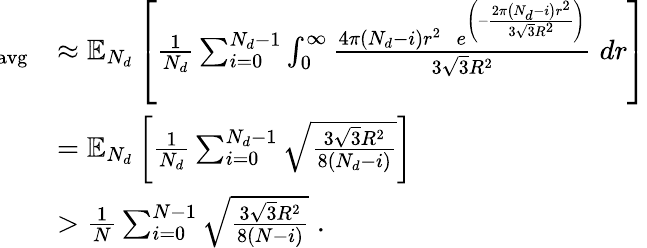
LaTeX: \begin{array}{rl}{\! \! \! \! d_{\mathrm{{avg}}}}&{\approx\mathbb{E}_{N_{d}}\left[\frac{1}{N_{d}}\sum_{i=0}^{{N_{d}-1}}\int_{0}^{\infty}\frac{4\pi\left(N_{d}-i\right)r^{2}\; \; e^{\left(-\frac{2\pi\left(N_{d}-i\right)r^{2}}{3\sqrt{3}R^{2}}\right)}}{3\sqrt{3}R^{2}}\; dr\right]}\\ &{=\mathbb{E}_{N_{d}}\left[\frac{1}{N_{d}}\sum_{i=0}^{{N_{d}-1}}\sqrt{\frac{3\sqrt{3}R^{2}}{8(N_{d}-i)}}\right]}\\ &{>\frac{1}{N}\sum_{i=0}^{{N-1}}\sqrt{\frac{3\sqrt{3}R^{2}}{8(N-i)}}\; .}\end{array}